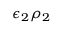
\epsilon _ { 2 } \rho _ { 2 }